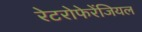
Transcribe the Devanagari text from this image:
रेटरोफेरेंजियल